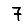
Digit: 7